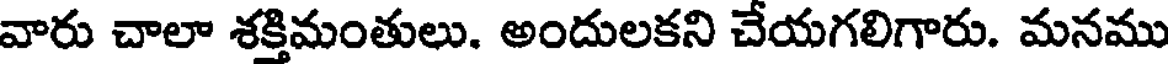
వారు చాలా శక్తిమంతులు. అందులకని చేయగలిగారు. మనము